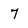
Character: 7